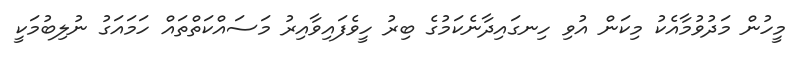
މީހުން މަދުވުމާއެކު މިކަން އުވި ހިނގައިދާނެކަމުގެ ބިރު ހީވެފައިވާއިރު މަސައްކަތްތައް ހަމައަގު ނުލިބުމަކީ